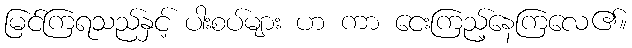
မြင်ကြရသည်နှင့် ပါးစပ်များ ဟ ကာ ငေးကြည့်နေကြလေ၏။